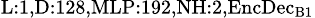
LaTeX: _{\textrm{L}:1,\textrm{D}:128,\textrm{MLP}:192,\textrm{NH}:2,\textrm{EncDec}_{\textrm{B}1}}